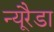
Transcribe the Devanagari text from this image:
न्यूरैडा